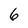
Character: 6